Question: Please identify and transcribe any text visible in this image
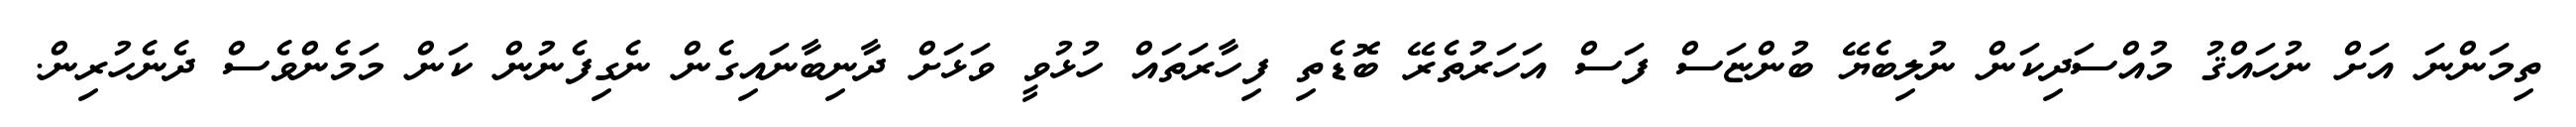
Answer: ތިމަންނަ އަށް ނުހައްޤު މުއްސަދިކަން ނުލިބެޔޭ ބުންޏަސް ފަސް އަހަރުތެރޭ ބޮޑެތި ފިހާރަތައް ހުޅުވީ ވަޅަށް ދާނިބާނައިގެން ނެގިފެނުން ކަން މަމެންވެސް ދެނެހުރިން.